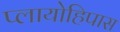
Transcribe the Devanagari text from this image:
प्लायोहिपास